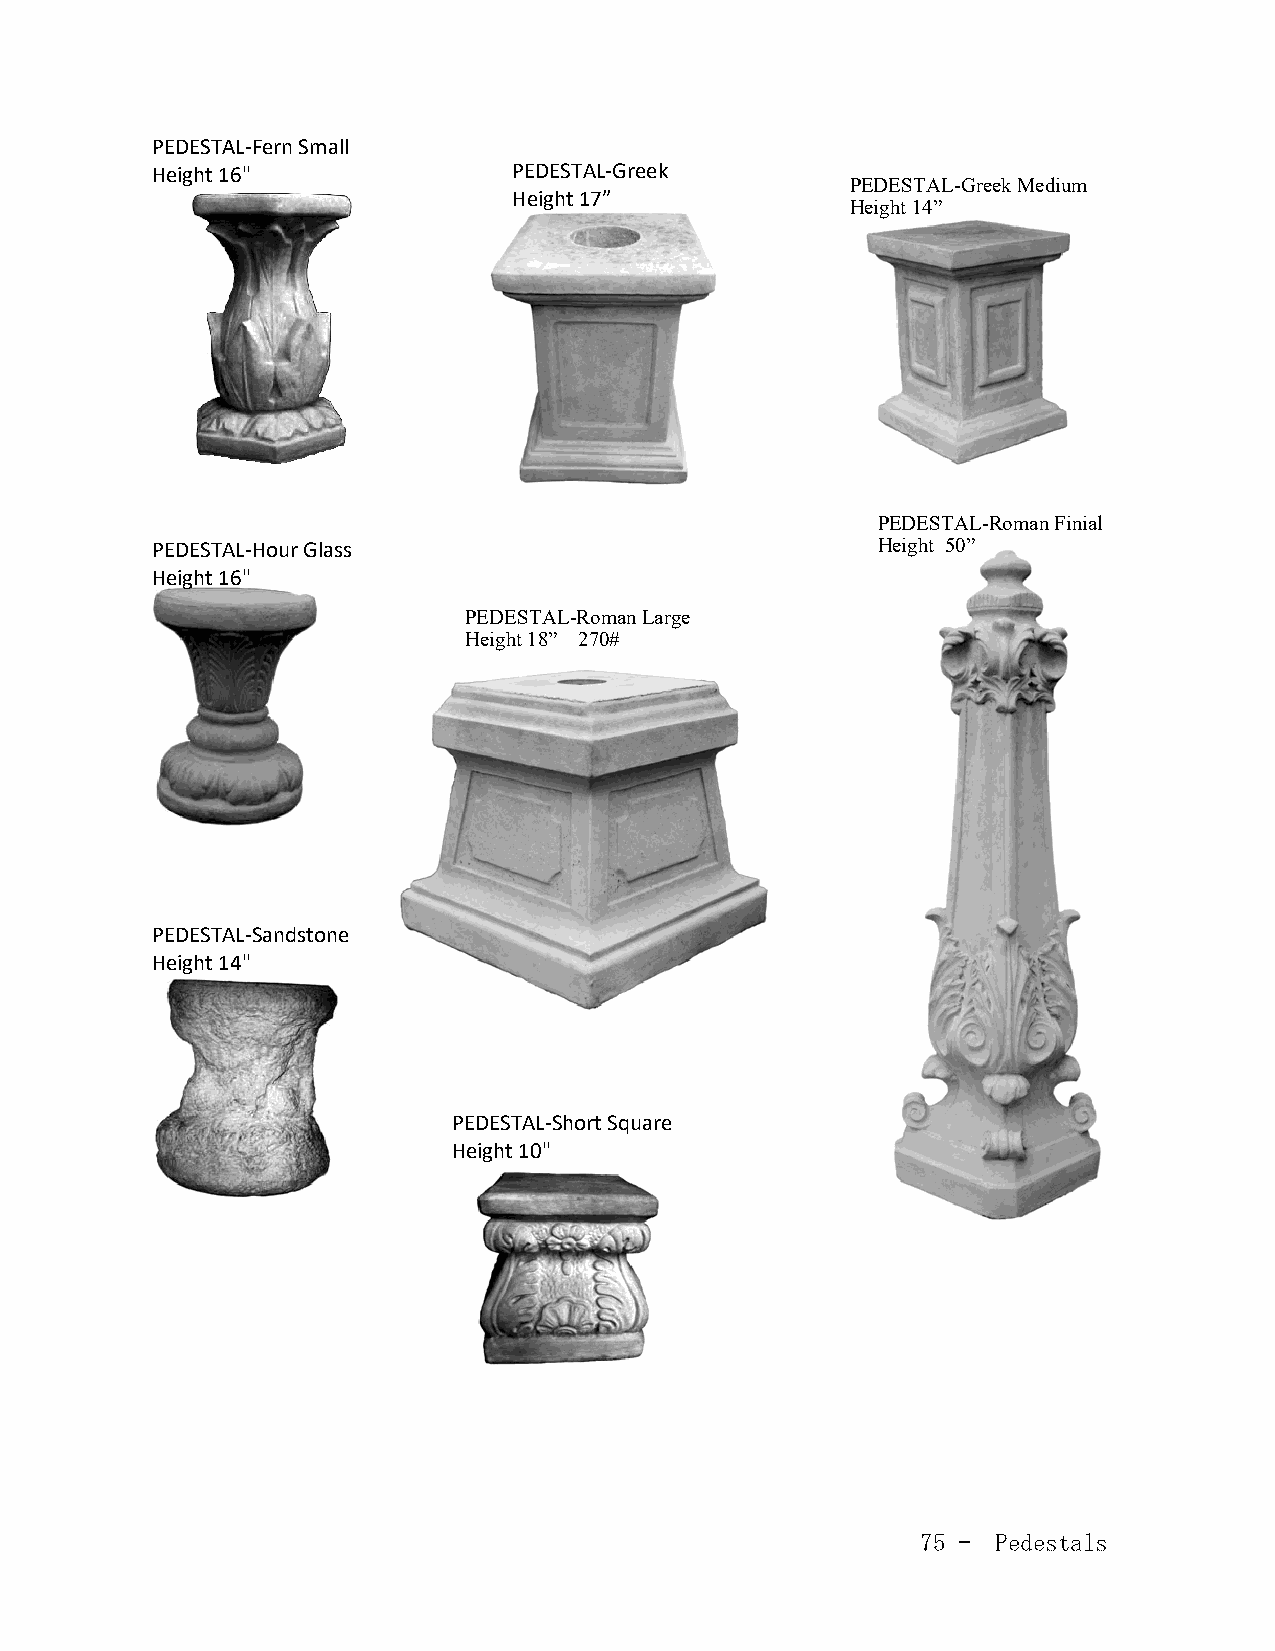
PEDESTAL-Fern Small
 Height 16"              PEDESTAL-Greek
 PEDESTAL-Greek Medium
 Height 17”
 Height 14”
 PEDESTAL-Roman Finial
 PEDESTAL-Hour Glass                             Height 50”
 Height 16"
 PEDESTAL-Roman Large
 Height 18” 270#
 PEDESTAL-Sandstone
 Height 14"
 PEDESTAL-Short Square
 Height 10"
 75 - Pedestals